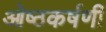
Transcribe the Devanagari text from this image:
ओष्ठकर्षणी